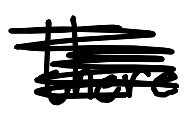
Text: there
Cross-out: scratch
Writing tool: digital_black